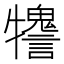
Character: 𤜋